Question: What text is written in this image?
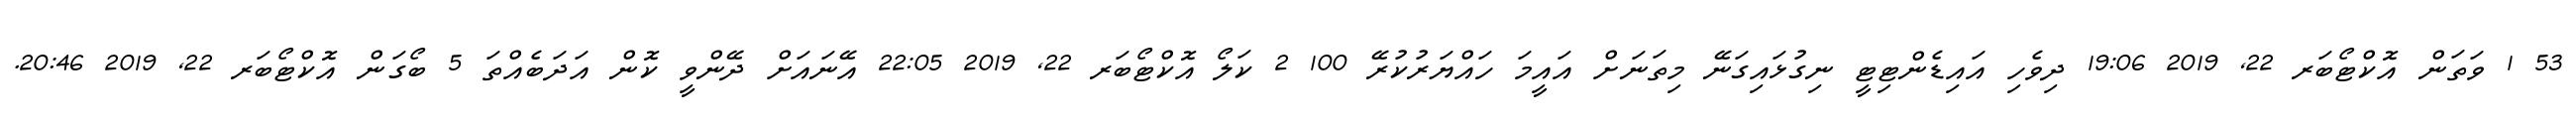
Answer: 53 1 ވަތަން އޮކްޓޯބަރ 22, 2019 19:06 ދިވެހި އައިޑެންޓިޓީ ނިގުޅައިގަނޭ މިތަނަށް އައީމަ ހައްޔަރުކުރޭ 100 2 ކަލޯ އޮކްޓޯބަރ 22, 2019 22:05 އޭނައަށް ދޭންވީ ކޮން އަދަބެއްތަ 5 ބޯގަން އޮކްޓޯބަރ 22, 2019 20:46.